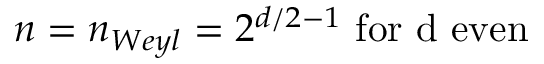
n = n _ { W e y l } = 2 ^ { d / 2 - 1 } \mathrm { ~ f o r ~ d ~ e v e n }